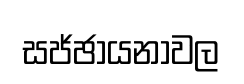
සජ්ඡායනාවල